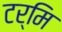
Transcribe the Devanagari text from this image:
टर्मि